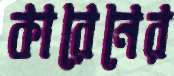
কারেনের